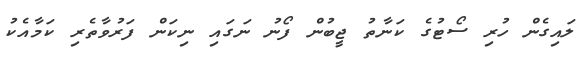
ލައިގެން ހުރި ސޯޓުގެ ކަނާތު ޖީބުން ފޯނު ނަގައި ނިކަން ފަރުވާތެރި ކަމާއެކު